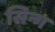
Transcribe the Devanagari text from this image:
सिन्ग